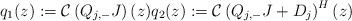
LaTeX: \begin{align*}q_1(z):=\mathcal{C}\left(Q_{j,-}J\right)(z) q_2(z):=\mathcal{C}\left(Q_{j,-}J+D_j\right)^H(z)\end{align*}